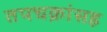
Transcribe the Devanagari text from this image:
तपचक्रांसह